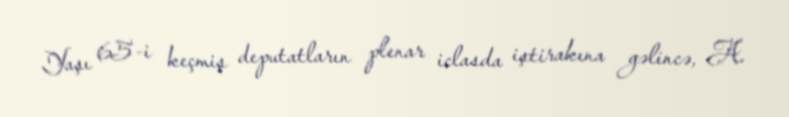
Yaşı 65-i keçmiş deputatların plenar iclasda iştirakına gəlincə, A.